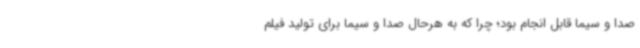
صدا و سیما قابل انجام بود؛ چرا که به هرحال صدا و سیما برای تولید فیلم